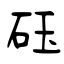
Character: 砡